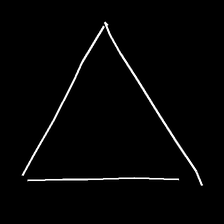
Glyph: convergence